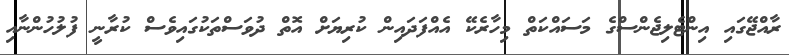
ރާއްޖޭގައި އިންޓެލިޖެންސްގެ މަސައްކަތް މިހާރެކޭ އެއްފަދައިން ކުރިޔަށް އޮތް ދުވަސްތަކުގައިވެސް ކުރާނީ ފުލުހުންނާއި